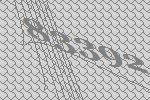
83392